Distribution and causation of leprosy in British India
Year: 1875
Disease focus: Leprosy
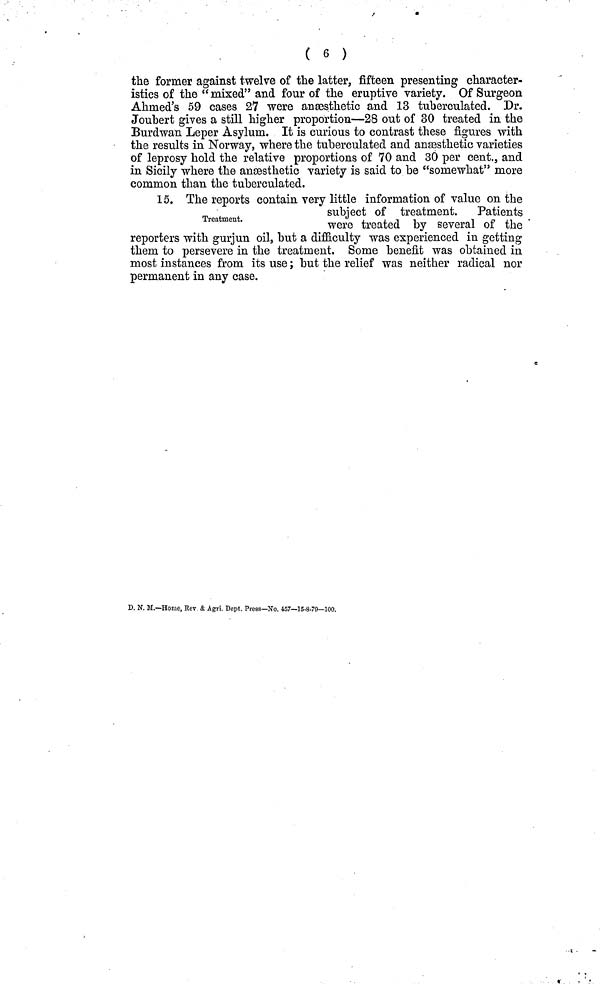
( 6 )
the former against twelve of the latter, fifteen presenting character-
istics of the "mixed" and four of the eruptive variety. Of Surgeon
Ahmed's 59 cases 27 were anæsthetic and 13 tuberculated. Dr.
Joubert gives a still higher proportion—28 out of 30 treated in the
Burdwan Leper Asylum. It is curious to contrast these figures with
the results in Norway, where the tuberculated and anæsthetic varieties
of leprosy hold the relative proportions of 70 and 30 per cent., and
in Sicily where the anæsthetic variety is said to be "somewhat" more
common than the tuberculated.
Treatment.
15. The reports contain very little information of value on the
subject of treatment.
Patients
were treated by several of the
reporters with gurjun oil, but a difficulty was experienced in getting
them to persevere in the treatment. Some benefit was obtained in
most instances from its use ; but the relief was neither radical nor
permanent in any case.
D. N. M.—Home, Rev & Agri. Dept. Press—No. 457—15-8-79—100.